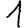
Digit: 1